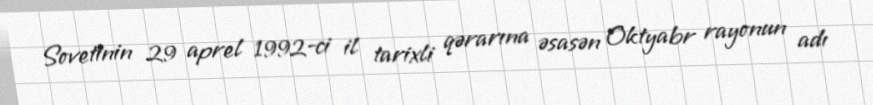
Sovetinin 29 aprel 1992-ci il tarixli qərarına əsasən Oktyabr rayonun adı